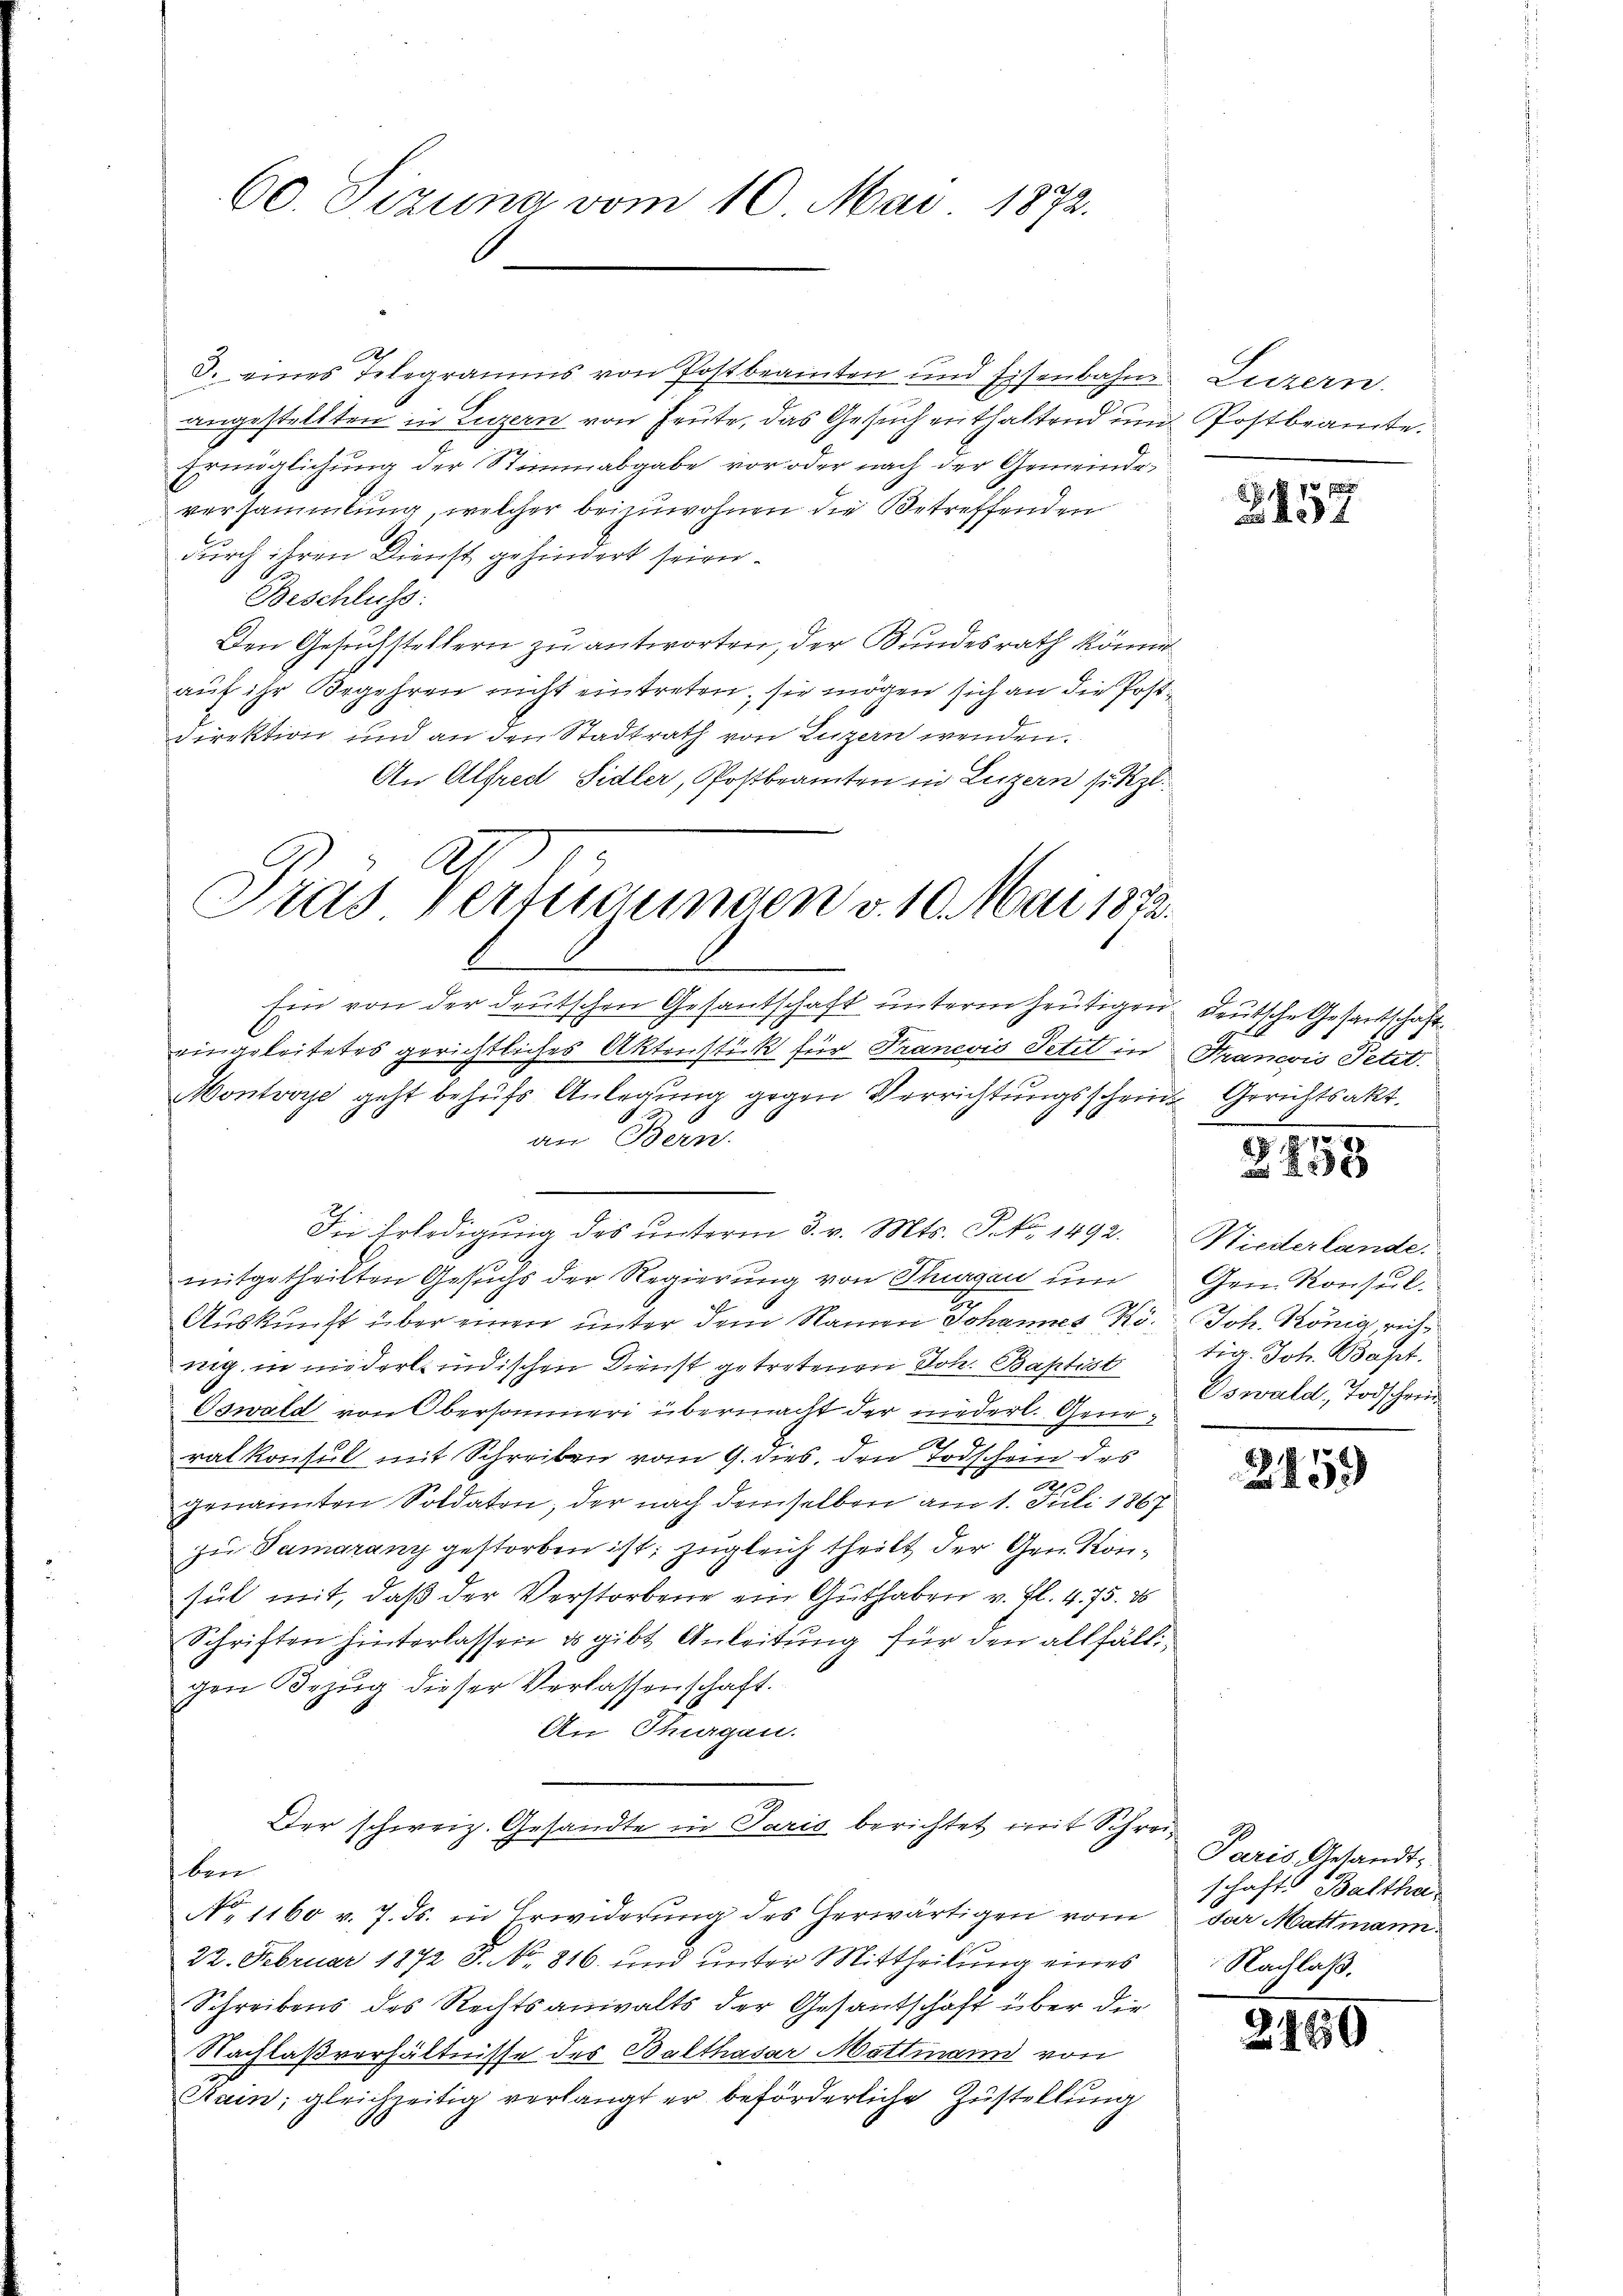
60. Sizung vom 10. Mai 1872.

Ich
3. eines Telegramms von Postbeamten und Eisenbahne Luzern.
angestellten in Luzern von Heute, das Gesuch enthaltend und Postbeamte.
Ermöglichung der Stimmabgabe vor oder nach der Gemeinde
versammlung, welcher beizuwohnen die Betreffenden
durch ihren Dienst gehindert seien.
Beschluss:
Den Gesuchstellern zu antworten, der Bundesrath könne
auf ihr Begehren nicht eintreten, sie mögen sich an die Post¬
Direktion und an den Stadtrath von Luzern wenden.
An Alfred Sidler, Postbeamten in Luzern sitzt.

Tras Verfügungen v. 10. Mai 1872.
Ein von der deutschen Gesantschaft unterm heutigen deutsche Gesandtschaft

Die Erledigung des unterm 3. v. Mts. S. Nr. 1492. Niederlande

eingeleitetes gerichtliches Aktenstück für Francois Petit in Francois Petit.
Montvoye geht behufs Anlegung gegen Verrichtungsschein Gerichtsakt
an Bern.
mitgetheilten Gesuchs der Regierung von Thurgau um Gen. Konsul-
Auskunft über einer unter dem Namen Johannes Kö. Joh. König, rich
nig in niederlindischen Dienst getretenen Joh. Baptist
Oswald von Obersammeri übermacht der niederl. Generalkonsul mit Schreiben vom 9. dies, den Todschein des
R 10.
genannten Soldaten, der nach demselben am 1. Juli 1867
zu Samaranz gestorben ist; zugleich theilt der Gen. Konsul mit, daß der Verstorbene ein Guthaben v. Fl. 4. 75. 28
Schriften hinterlassen es gibt Anleitung für den allfäll
gen Bezug dieser Verlassenschaft.
An Thurgau.
Der schweiz. Gesandte in Paris berichtet mit Schreiber
No. 1160 v. 7. ds. in Erwiderung des Gerwärtigen vom
22. Februar 1872 S. No. 816. und unter Mittheilung eines
Schreibens des Rechtsanwalts der Gesantschaft über die
Nachlaßverhältnisse des Balthasar Mattmann von
Main gleichzeitig verlangt er beförderliche Zustellung

s

 4

1
 42 x

tia. Joh. Bapt.
Oswald, Todschein

2459

Paris Gesandt:
schaft Balthasar Mattmann.
Nachlaß.

2150